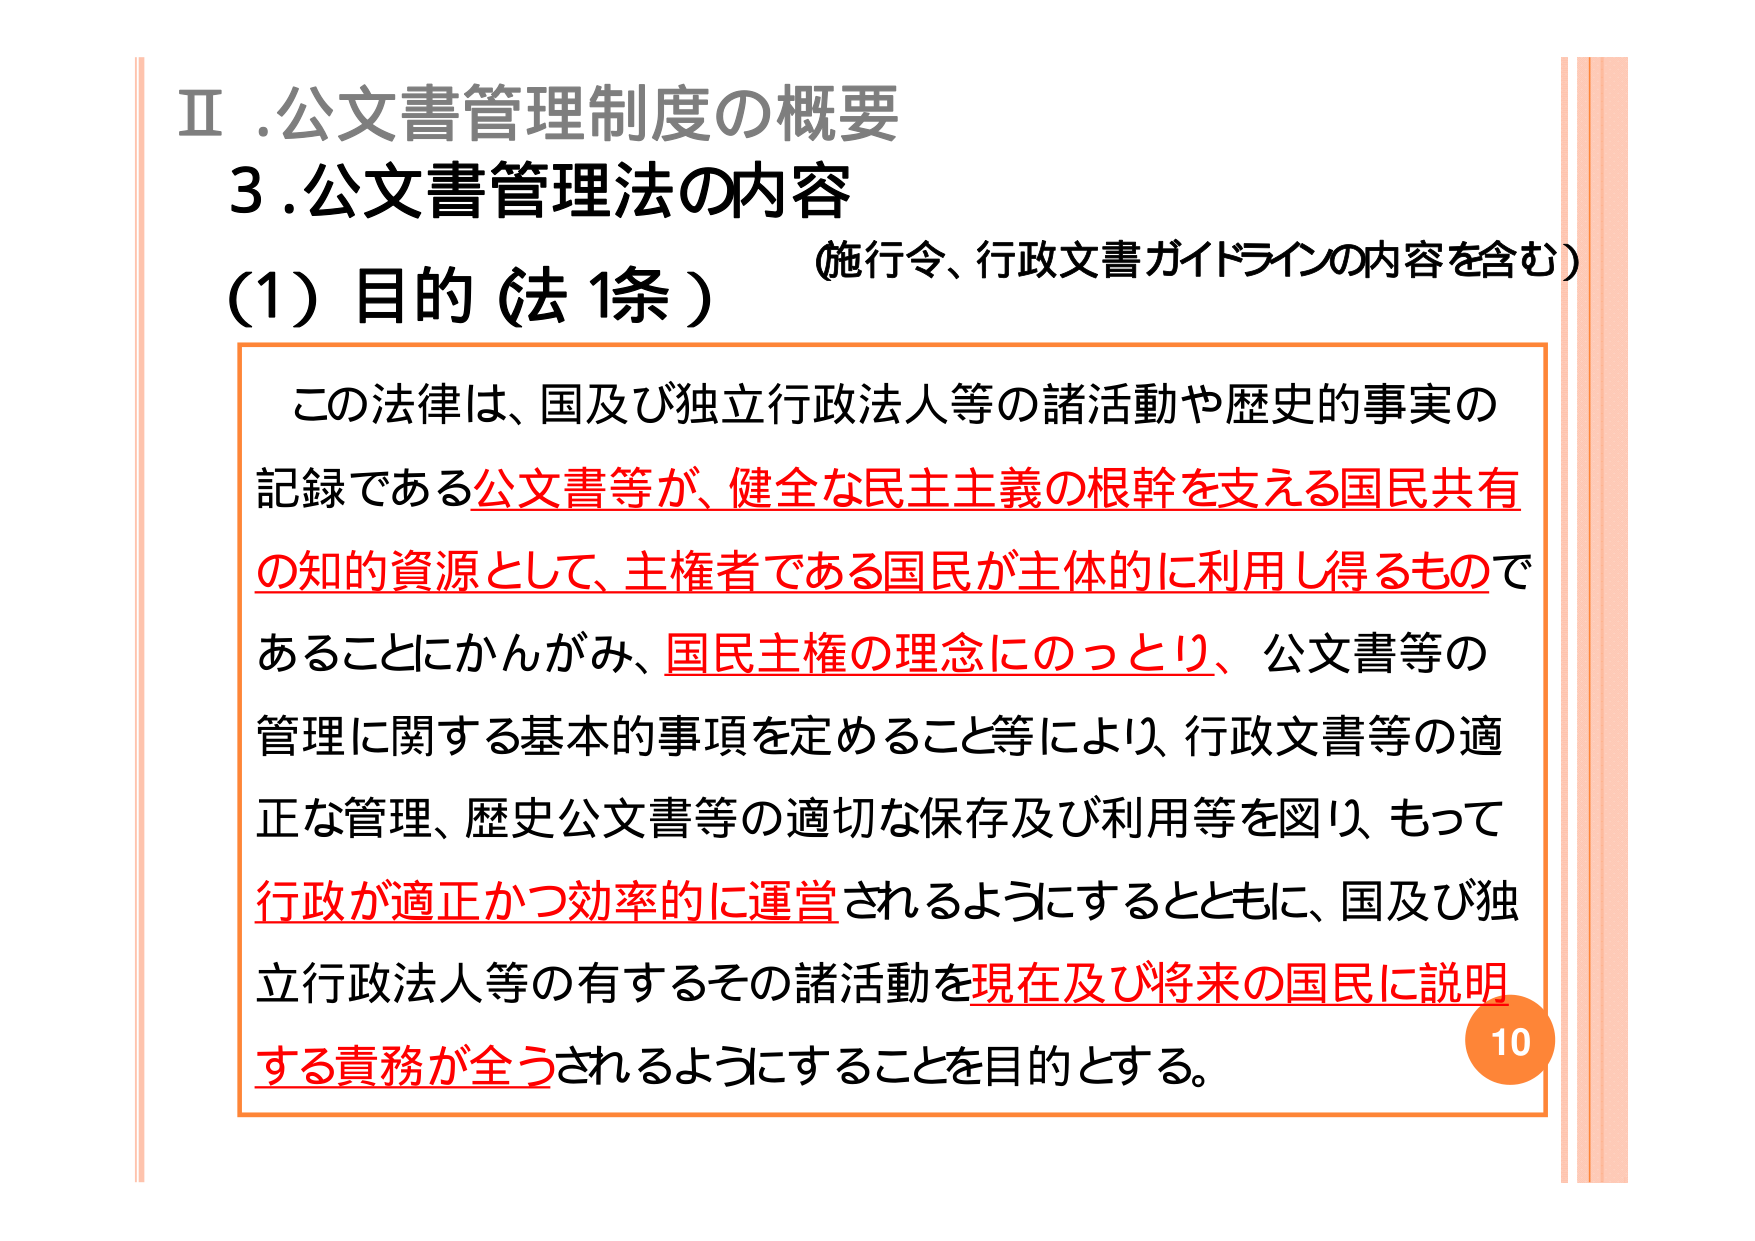
Ⅱ.公文書管理制度の概要
3.公文書管理法の内容
(1) 目的（法1条） （施行令、行政文書ガイドラインの内容を含む）

この法律は、国及び独立行政法人等の諸活動や歴史的事実の
記録である公文書等が、健全な民主主義の根幹を支える国民共有
の知的資源として、主権者である国民が主体的に利用し得るもので
あることにかんがみ、国民主権の理念にのっとり、公文書等の
管理に関する基本的事項を定めること等により、行政文書等の適
正な管理、歴史公文書等の適切な保存及び利用等を図り、もって
行政が適正かつ効率的に運営されるようにするとともに、国及び独
立行政法人等の有するその諸活動を現在及び将来の国民に説明
する責務が全うされるようにすることを目的とする。

10